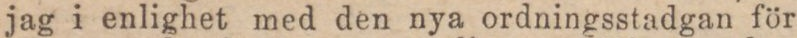
jag i enlighet med den nya ordningsstadgan för